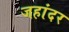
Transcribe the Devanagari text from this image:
जहांदर